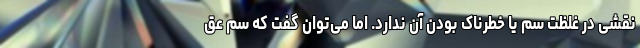
نقشی در غلظت سم یا خطرناک بودن آن ندارد. اما می‌توان گفت که سم عق